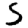
Digit: 5